Lunatic asylums in Bengal annual reports 1888-1898 - 1888-1898
Year: 1888
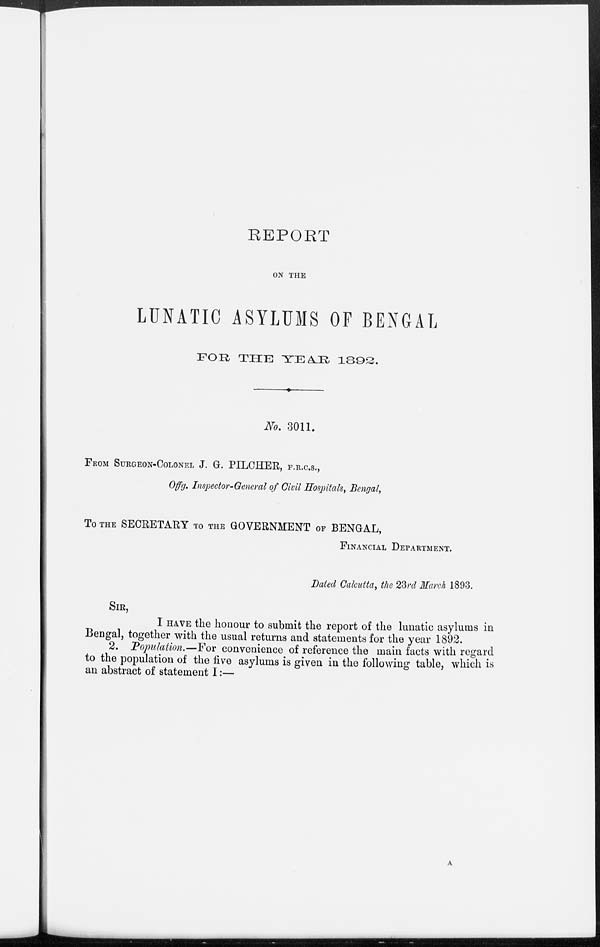
REPORT
ON THE
LUNATIC ASYLUMS OF BENGAL
FOR THE YEAR 1892.
No. 3011.
FROM SURGEON-COLONEL J. G. PILCHER, F.R.C.S.,
Offg. Inspector-General of Civil Hospitals, Bengal,
To THE SECRETARY TO THE GOVERNMENT OF BENGAL,
FINANCIAL DEPARTMENT.
Dated Calcutta, the 23rd March 1893.
SIR,
I HAVE the honour to submit the report of the lunatic asylums in
Bengal, together with the usual returns and statements for the year 1892.
2. Population.—For convenience of reference the main facts with regard
to the population of the five asylums is given in the following table, which is
an abstract of statement I:—